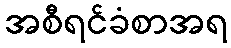
အစီရင်ခံစာအရ